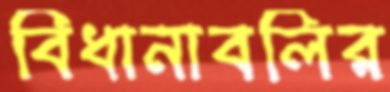
বিধানাবলির